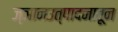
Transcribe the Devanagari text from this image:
ज्ञानउत्पादनातून